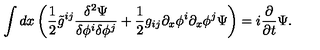
\int d x \left( { \frac { 1 } { 2 } } \tilde { g } ^ { i j } { \frac { \delta ^ { 2 } \Psi } { \delta \phi ^ { i } \delta \phi ^ { j } } } + { \frac { 1 } { 2 } } g _ { i j } \partial _ { x } \phi ^ { i } \partial _ { x } \phi ^ { j } \Psi \right) = i { \frac { \partial } { \partial t } } \Psi .